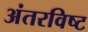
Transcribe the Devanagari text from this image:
अंतरविष्ट